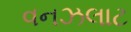
વનઝલાટ